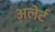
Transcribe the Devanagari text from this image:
अलेर्ट